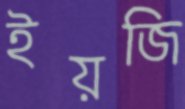
ইয়জি